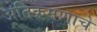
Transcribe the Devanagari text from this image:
अतिक्रमणाचे